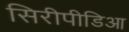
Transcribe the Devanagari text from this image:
सिरीपीडिआ